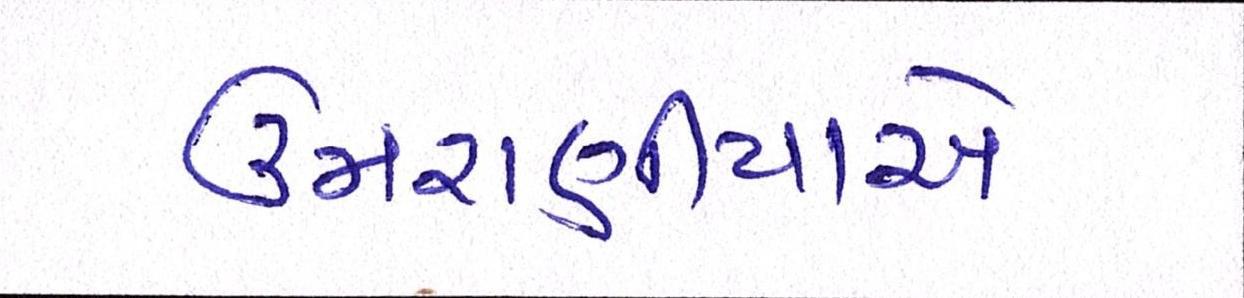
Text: ઉમરાણીયાએ